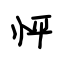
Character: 怦